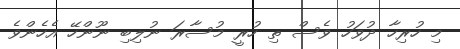
މި ހުރިހާ ދުވަހު ވެސް ތި ހުރީ މުސާރަ ނުލިބި ނޫންހޭ އެހެންވެ